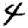
Digit: 4